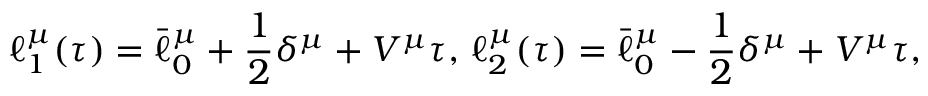
\ell _ { 1 } ^ { \mu } ( \tau ) = \bar { \ell } _ { 0 } ^ { \mu } + { \frac { 1 } { 2 } } \delta ^ { \mu } + V ^ { \mu } \tau , \, \ell _ { 2 } ^ { \mu } ( \tau ) = \bar { \ell } _ { 0 } ^ { \mu } - { \frac { 1 } { 2 } } \delta ^ { \mu } + V ^ { \mu } \tau ,